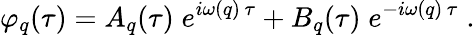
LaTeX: \varphi_{q}(\tau)=A_{q}(\tau)\; e^{i\omega(q)\, \tau}+B_{q}(\tau)\; e^{-i\omega(q)\, \tau}\; .